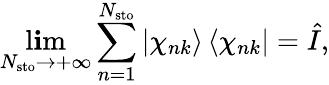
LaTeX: \operatorname*{l\mathbf{i}m}_{N_{\mathrm{{sto}}}\rightarrow+\infty}\sum_{n=1}^{N_{\mathrm{{sto}}}}\left|\chi_{nk}\right\rangle\left\langle\chi_{nk}\right|=\hat{{I}},